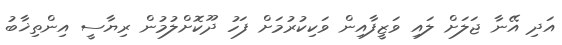
އަދި އޭނާ ޖަލަށް ލައި ވަޒީފާއިން ވަކިކުރުމަށް ފަހު ދޫކޮށްލުމުން ރިޔާސީ އިންތިޚާބު